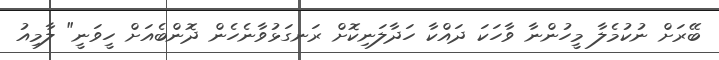
ބޭރަށް ނުކުމެލާ މީހުންނާ ވާހަކަ ދައްކާ ހަދާލަނިކޮށް ރަނގަޅުވާނެހެން ދޮންބެއަށް ހީވަނީ" ލާމިއު